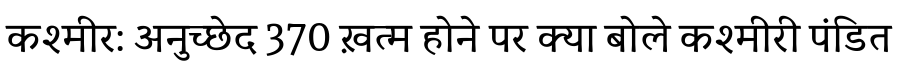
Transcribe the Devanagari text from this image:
कश्मीर: अनुच्छेद 370 ख़त्म होने पर क्या बोले कश्मीरी पंडित